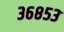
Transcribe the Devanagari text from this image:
३६८५३